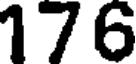
176